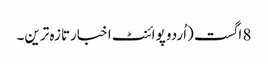
8 اگست (اُردو پوائنٹ اخبارتازہ ترین۔